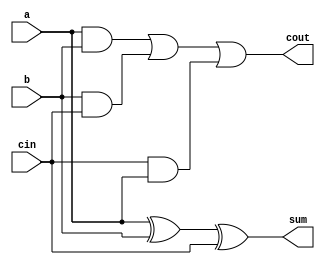

module one_bit_full_adder (a, b, cin, sum, cout);

   input a;
   input b;
   input cin;

   output sum;
   wire sum;
   output cout;
   wire cout;

   assign sum = a ^ b ^ cin;
   assign cout = (a & b) | (b & cin) | (cin & a);

endmodule